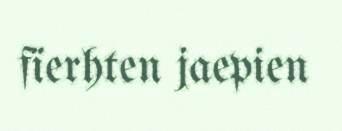
fïerhten jaepien